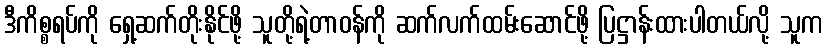
ဒီကိစ္စရပ်ကို ရှေ့ဆက်တိုးနိုင်ဖို့ သူတို့ရဲ့တာဝန်ကို ဆက်လက်ထမ်းဆောင်ဖို့ ပြဋ္ဌာန်းထားပါတယ်လို့ သူက